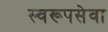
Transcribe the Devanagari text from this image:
स्वरूपसेवा